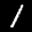
Label: 1